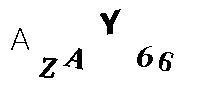
AZAY66